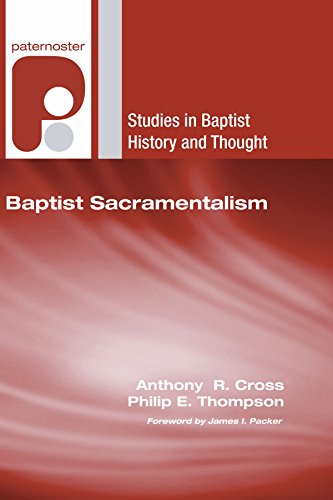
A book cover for Baptist Sacramentalism: (Studies in Baptist History and Thought); Christian Books & Bibles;